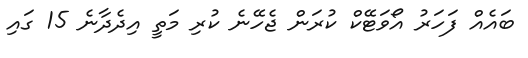
ބައެއް ފަހަރު އޯވަޓޭކް ކުރަން ޖެހޭނެ ކުރި މަތީ އިދެދާނެ 15 ގައި